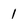
Character: 1